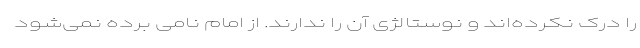
را درک نکرده‌اند و نوستالژی آن را ندارند. از امام نامی برده نمی‌شود